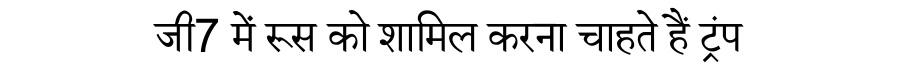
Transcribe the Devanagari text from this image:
जी7 में रूस को शामिल करना चाहते हैं ट्रंप